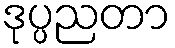
ဒုပ္ပညတာ